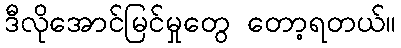
ဒီလိုအောင်မြင်မှုတွေ တော့ရတယ်။